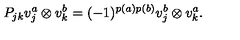
P _ { j k } v _ { j } ^ { a } \otimes v _ { k } ^ { b } = ( - 1 ) ^ { p ( a ) p ( b ) } v _ { j } ^ { b } \otimes v _ { k } ^ { a } .